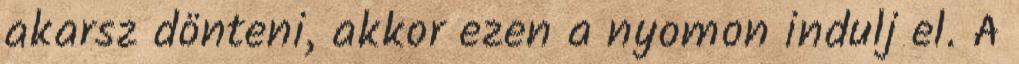
akarsz dönteni, akkor ezen a nyomon indulj el. A